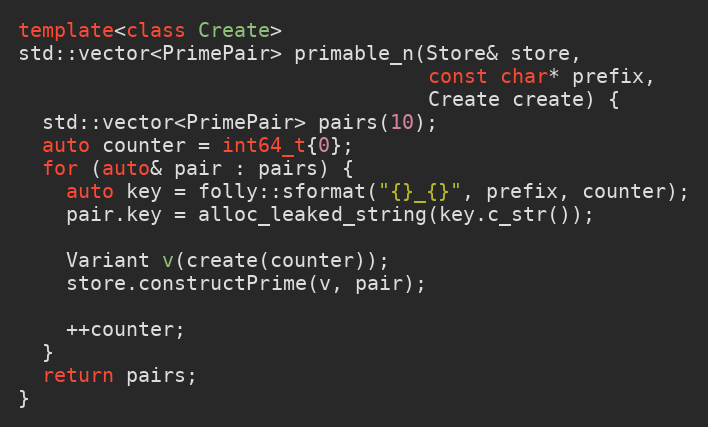
Language: C++
template<class Create>
std::vector<PrimePair> primable_n(Store& store,
                                  const char* prefix,
                                  Create create) {
  std::vector<PrimePair> pairs(10);
  auto counter = int64_t{0};
  for (auto& pair : pairs) {
    auto key = folly::sformat("{}_{}", prefix, counter);
    pair.key = alloc_leaked_string(key.c_str());

    Variant v(create(counter));
    store.constructPrime(v, pair);

    ++counter;
  }
  return pairs;
}